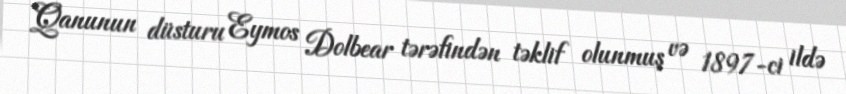
Qanunun düsturu Eymos Dolbear tərəfindən təklif olunmuş və 1897-ci ildə